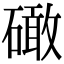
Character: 𥕵